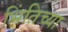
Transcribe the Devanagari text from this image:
भिंतिच्या